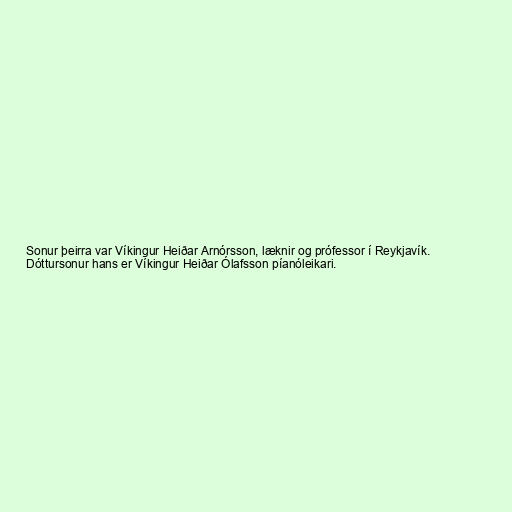
Sonur þeirra var Víkingur Heiðar Arnórsson, læknir og prófessor í Reykjavík.
Dóttursonur hans er Víkingur Heiðar Ólafsson píanóleikari.